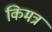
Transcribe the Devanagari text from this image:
किमत्र